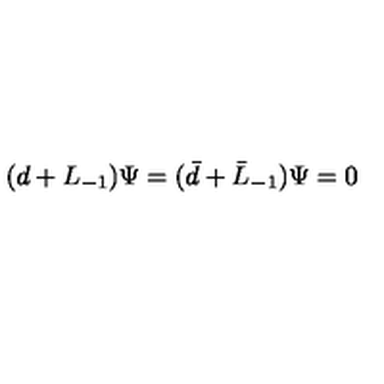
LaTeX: ( d + L _ { - 1 } ) \Psi = ( \bar { d } + \bar { L } _ { - 1 } ) \Psi = 0